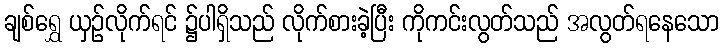
ချစ်ရွှေ ယှဉ်လိုက်ရင် ၌ပါရှိသည် လိုက်စားခဲ့ပြီး ကိုကင်းလွတ်သည် အလွတ်ရနေသော